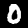
Label: 0